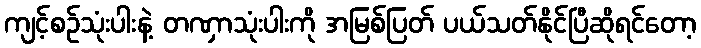
ကျင့်စဉ်သုံးပါးနဲ့ တဏှာသုံးပါးကို အမြစ်ပြတ် ပယ်သတ်နိုင်ပြီဆိုရင်တော့